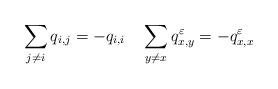
LaTeX: \begin{align*} \sum_{j\neq i}q_{i,j}=-q_{i,i}\quad\sum_{y\neq x}q^\varepsilon_{x,y}=-q^\varepsilon_{x,x}\end{align*}